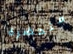
متحضرة